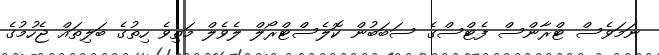
ނަމަވެސް ޓްރާންސް ފެޓްސްގެ ސަބަބުން ކޮލެސްޓްރޯލް ލެވެލް މަތިވެ ހިތުގެ ބަލިތައް ޖެހުމުގެ